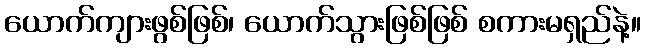
ယောက်ကျားဖွစ်ဖြစ်၊ ယောက်သွားဖြစ်ဖြစ် စကားမရှည်နဲ့။